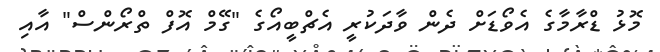
މޮޅު ޑްރާމާގެ އެވޯޑަށް ދެން ވާދަކުރީ އެޗްބީއޯގެ "ގޭމް އޮފް ތްރޯންސް" އާއި